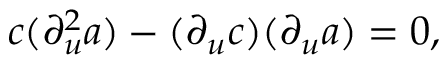
c ( \partial _ { u } ^ { 2 } a ) - ( \partial _ { u } c ) ( \partial _ { u } a ) = 0 ,